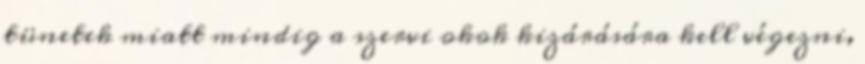
tünetek miatt mindig a szervi okok kizárására kell végezni,